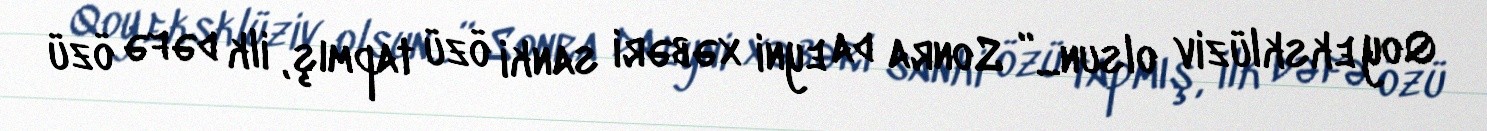
Qoy eksklüziv olsun...” Sonra da eyni xəbəri sanki özü tapmış, ilk dəfə özü